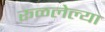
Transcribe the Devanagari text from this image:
रूळलेल्या